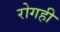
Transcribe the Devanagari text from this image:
रोगही